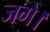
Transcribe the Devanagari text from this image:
जगे।